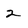
Character: 2